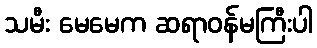
သမီး မေမေက ဆရာဝန်မကြီးပါ